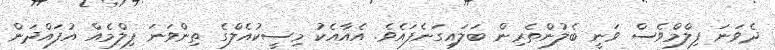
ދެވަނަ ފިލްމްވެސް ވަަނީ ބެލުންތެރިން ބަލައިގަނެފައެވެ. އެއާއެކު މިސީކުއެލްގެ ތިންވަނަ ފިލްމެއް އުފައްދަން